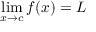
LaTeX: \operatorname* { l i m } _ { x \to c } f ( x ) = L